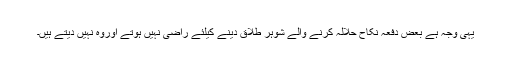
یہی وجہ ہے بعض دفعہ نکاح حلالہ کرنے والے شوہر طلاق دینے کیلئے راضی نہیں ہوتے اوروہ نہیں دیتے ہیں۔